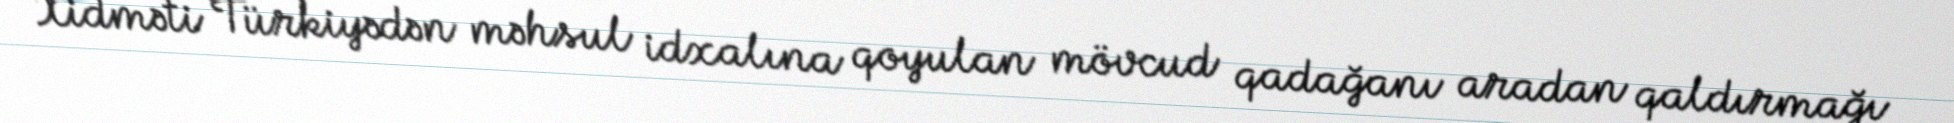
Xidməti Türkiyədən məhsul idxalına qoyulan mövcud qadağanı aradan qaldırmağı